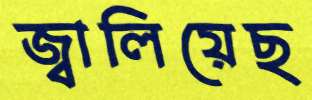
জ্বালিয়েছ